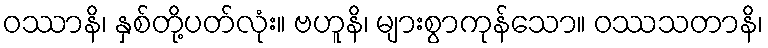
ဝဿာနိ၊ နှစ်တို့ပတ်လုံး။ ဗဟူနိ၊ များစွာကုန်သော။ ဝဿသတာနိ၊